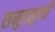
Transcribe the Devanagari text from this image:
समुद्रमुखी